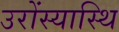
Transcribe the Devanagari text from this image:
उरोंस्यास्थि